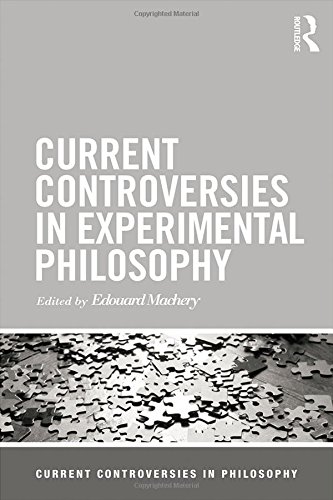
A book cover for Current Controversies in Experimental Philosophy (Current Controversies in Philosophy); Politics & Social Sciences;